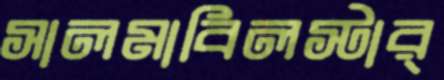
সালমাবিলস্টার্